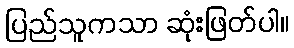
ပြည်သူကသာ ဆုံးဖြတ်ပါ။